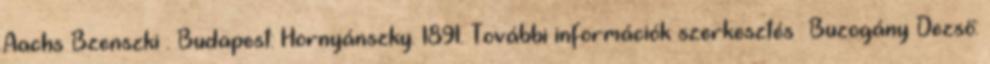
Aachs–Bzenszki . Budapest: Hornyánszky. 1891. További információk szerkesztés Buzogány Dezső: